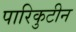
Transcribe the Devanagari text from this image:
पारिकुटीन